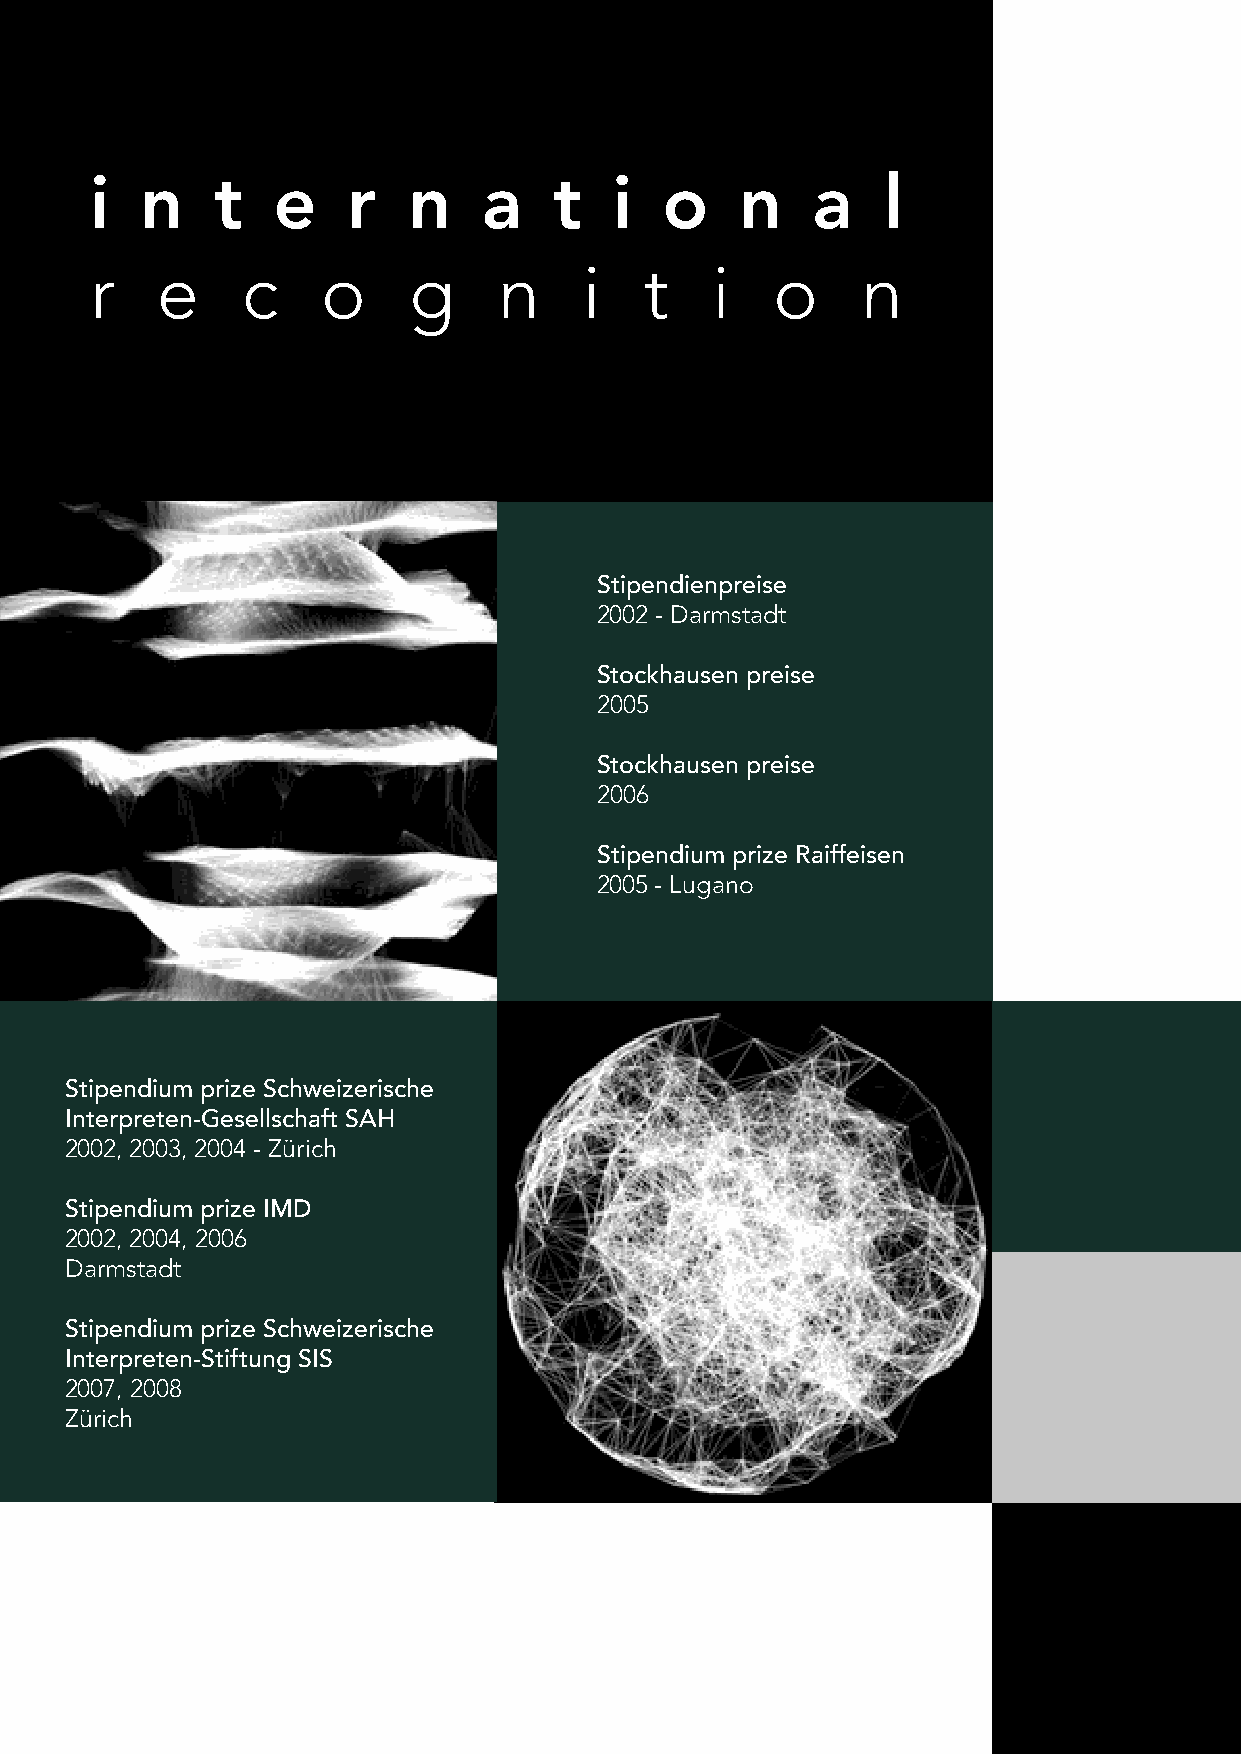
i  n    t   e    r   n    a    t   i  o    n    a   l
 r   e     c    o     g     n     i   t   i   o     n
 Stipendienpreise
 2002 - Darmstadt
 Stockhausen preise
 2005
 Stockhausen preise
 2006
 Stipendium prize Raiffeisen
 2005 - Lugano
 Stipendium prize Schweizerische
 Interpreten-Gesellschaft SAH
 2002, 2003, 2004 - Zürich
 Stipendium prize IMD
 2002, 2004, 2006
 Darmstadt
 Stipendium prize Schweizerische
 Interpreten-Stiftung SIS
 2007, 2008
 Zürich